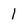
Character: 1